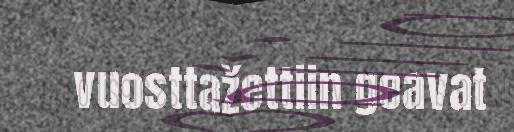
vuosttažettiin geavat